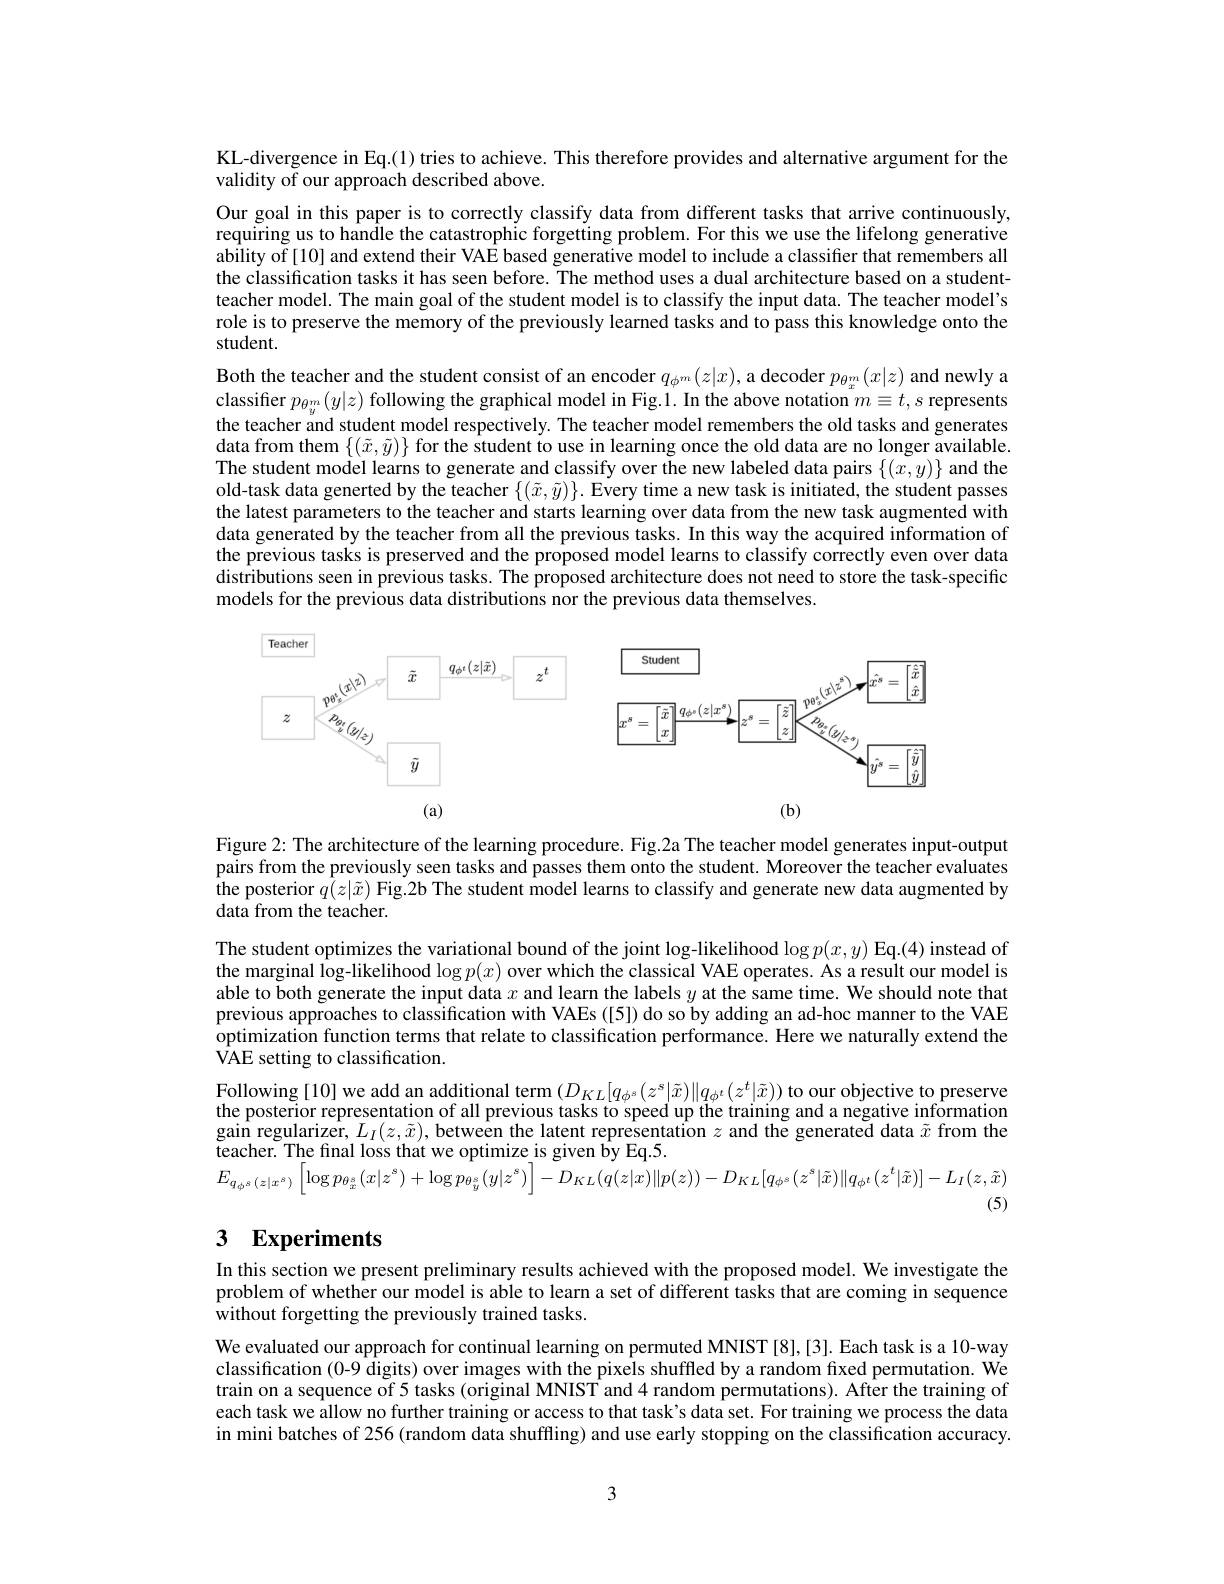
KL-divergence in Eq.(1) tries to achieve. This therefore provides and alternative argument for the
validity of our approach described above.

Our goal in this paper is to correctly classify data from different tasks that arrive continuously, requiring us to handle the catastrophic forgetting problem. For this we use the lifelong generative ability of [10] and extend their VAE based generative model to include a classifier that remembers all the classification tasks it has seen before. The method uses a dual architecture based on a studentteacher model. The main goal of the student model is to classify the input data. The teacher model's role is to preserve the memory of the previously learned tasks and to pass this knowledge onto the student.

Both the teacher and the student consist of an encoder $q_\phi^{m}(z|x)$, a decoder $p_\theta_x^m(x|z)$ and newly a classifier $p_{\theta_y^m}(y|z)$ following the graphical model in Fig.1. In the above notation $m\equiv t,s$ represents the teacher and student model respectively. The teacher model remembers the old tasks and generates data from them $\{(\tilde{x},\tilde{y})\}$ for the student to use in learning once the old data are no longer available The student model learns to generate and classify over the new labeled data pairs $\{(\tilde{x},y)\}$ and the old-task data generted by the teacher $\{(\tilde{x},\tilde{y})\}.$ Every time a new task is initiated, the student passes the latest parameters to the teacher and starts learning over data from the new task augmented with data generated by the teacher from all the previous tasks. In this way the acquired information of the previous tasks is preserved and the proposed model learns to classify correctly even over data distributions seen in previous tasks. The proposed architecture does not need to store the task-specific models for the previous data distributions nor the previous data themselves.

<FigureHere>

Figure 2: The architecture of the learning procedure. Fig.2a The teacher model generates input-output pairs from the previously seen tasks and passes them onto the student. Moreover the teacher evaluates the posterior $q(z|\tilde{x})$ Fig.2b The student model learns to classify and generate new data augmented by data from the teacher.

The student optimizes the variational bound of the joint log-likelihood $\log p(x,y)$ Eq.(4) instead of the marginal log-likelihood $\log p(x)$ over which the classical VAE operates. As a result our model is able to both generate the input data $x$ and learn the labels $y$ at the same time. We should note that previous approaches to classification with VAEs ([5]) do so by adding an ad-hoc manner to the VAE optimization function terms that relate to classification performance. Here we naturally extend the $\bar{\mathrm{VAE~setting~to~classification.}}$
Following [10] we add an additional term $(D_{KL}[q_{\phi^s}(z^s|\tilde{x})\|q_{\phi^t}(z^t|\tilde{x}))$ to our objective to preserve the posterior representation of all previous tasks to speed up the training and a negative informatiom $\hat{\text{gain regularizer, }L_I}(z,\tilde{x}),\hat{\text{between the latent representation }z}$ and the generate$\tilde{\text{d data }\tilde{x}}$ from the teacher. The final loss that we optimize is given by Eq.5.
$E_{q_{\phi^{s}}(z|x^{s})}\left[\log p_{\theta_{x}^{s}}(x|z^{s})+\log p_{\theta_{y}^{s}}(y|z^{s})\right]-D_{KL}(q(z|x)\|p(z))-D_{KL}[q_{\phi^{s}}(z^{s}|\tilde{x})\|q_{\phi^{t}}(z^{t}|\tilde{x})]-L_{I}(z,\tilde{x})$
(5)

## 3 Experiments

In this section we present preliminary results achieved with the proposed model. We investigate the problem of whether our model is able to learn a set of different tasks that are coming in sequence without forgetting the previously trained tasks.

We evaluated our approach for continual learning on permuted MNIST [8],[3]. Each task is a 10-way classification (0-9 digits) over images with the pixels shuffled by a random fixed permutation. We train on a sequence of 5 tasks (original MNIST and 4 random permutations). After the training of each task we allow no further training or access to that task's data set. For training we process the data in mini batches of 256 (random data shuffling) and use early stopping on the classification accuracy.

3